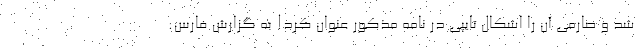
شد و صارمی آن را اشکال تایپی در نامه مذکور عنوان کرد! به گزارش فارس: